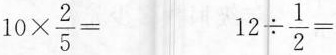
$$1 0 \times \frac { 2 }{ 5 } =$$ $$1 2 \div \frac { 1 }{ 2 } =$$